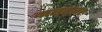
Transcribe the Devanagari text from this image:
बाल्त्ज़र